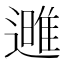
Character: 𮟌